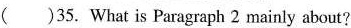
( )35. What is Paragraph 2 mainly about?